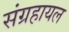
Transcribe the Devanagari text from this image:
संग्रहायल